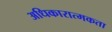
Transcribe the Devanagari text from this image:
अधिकारात्मकता